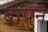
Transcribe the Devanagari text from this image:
बापुने